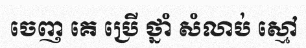
ចេញ គេ ប្រើ ថ្នាំ សំលាប់ ស្មៅ